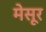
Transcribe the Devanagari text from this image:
मेसूर